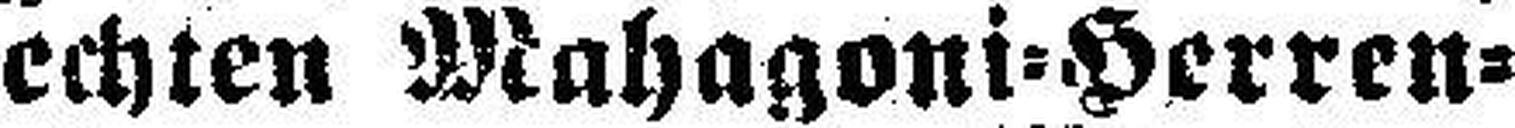
echten Mahagoni=Herren¬